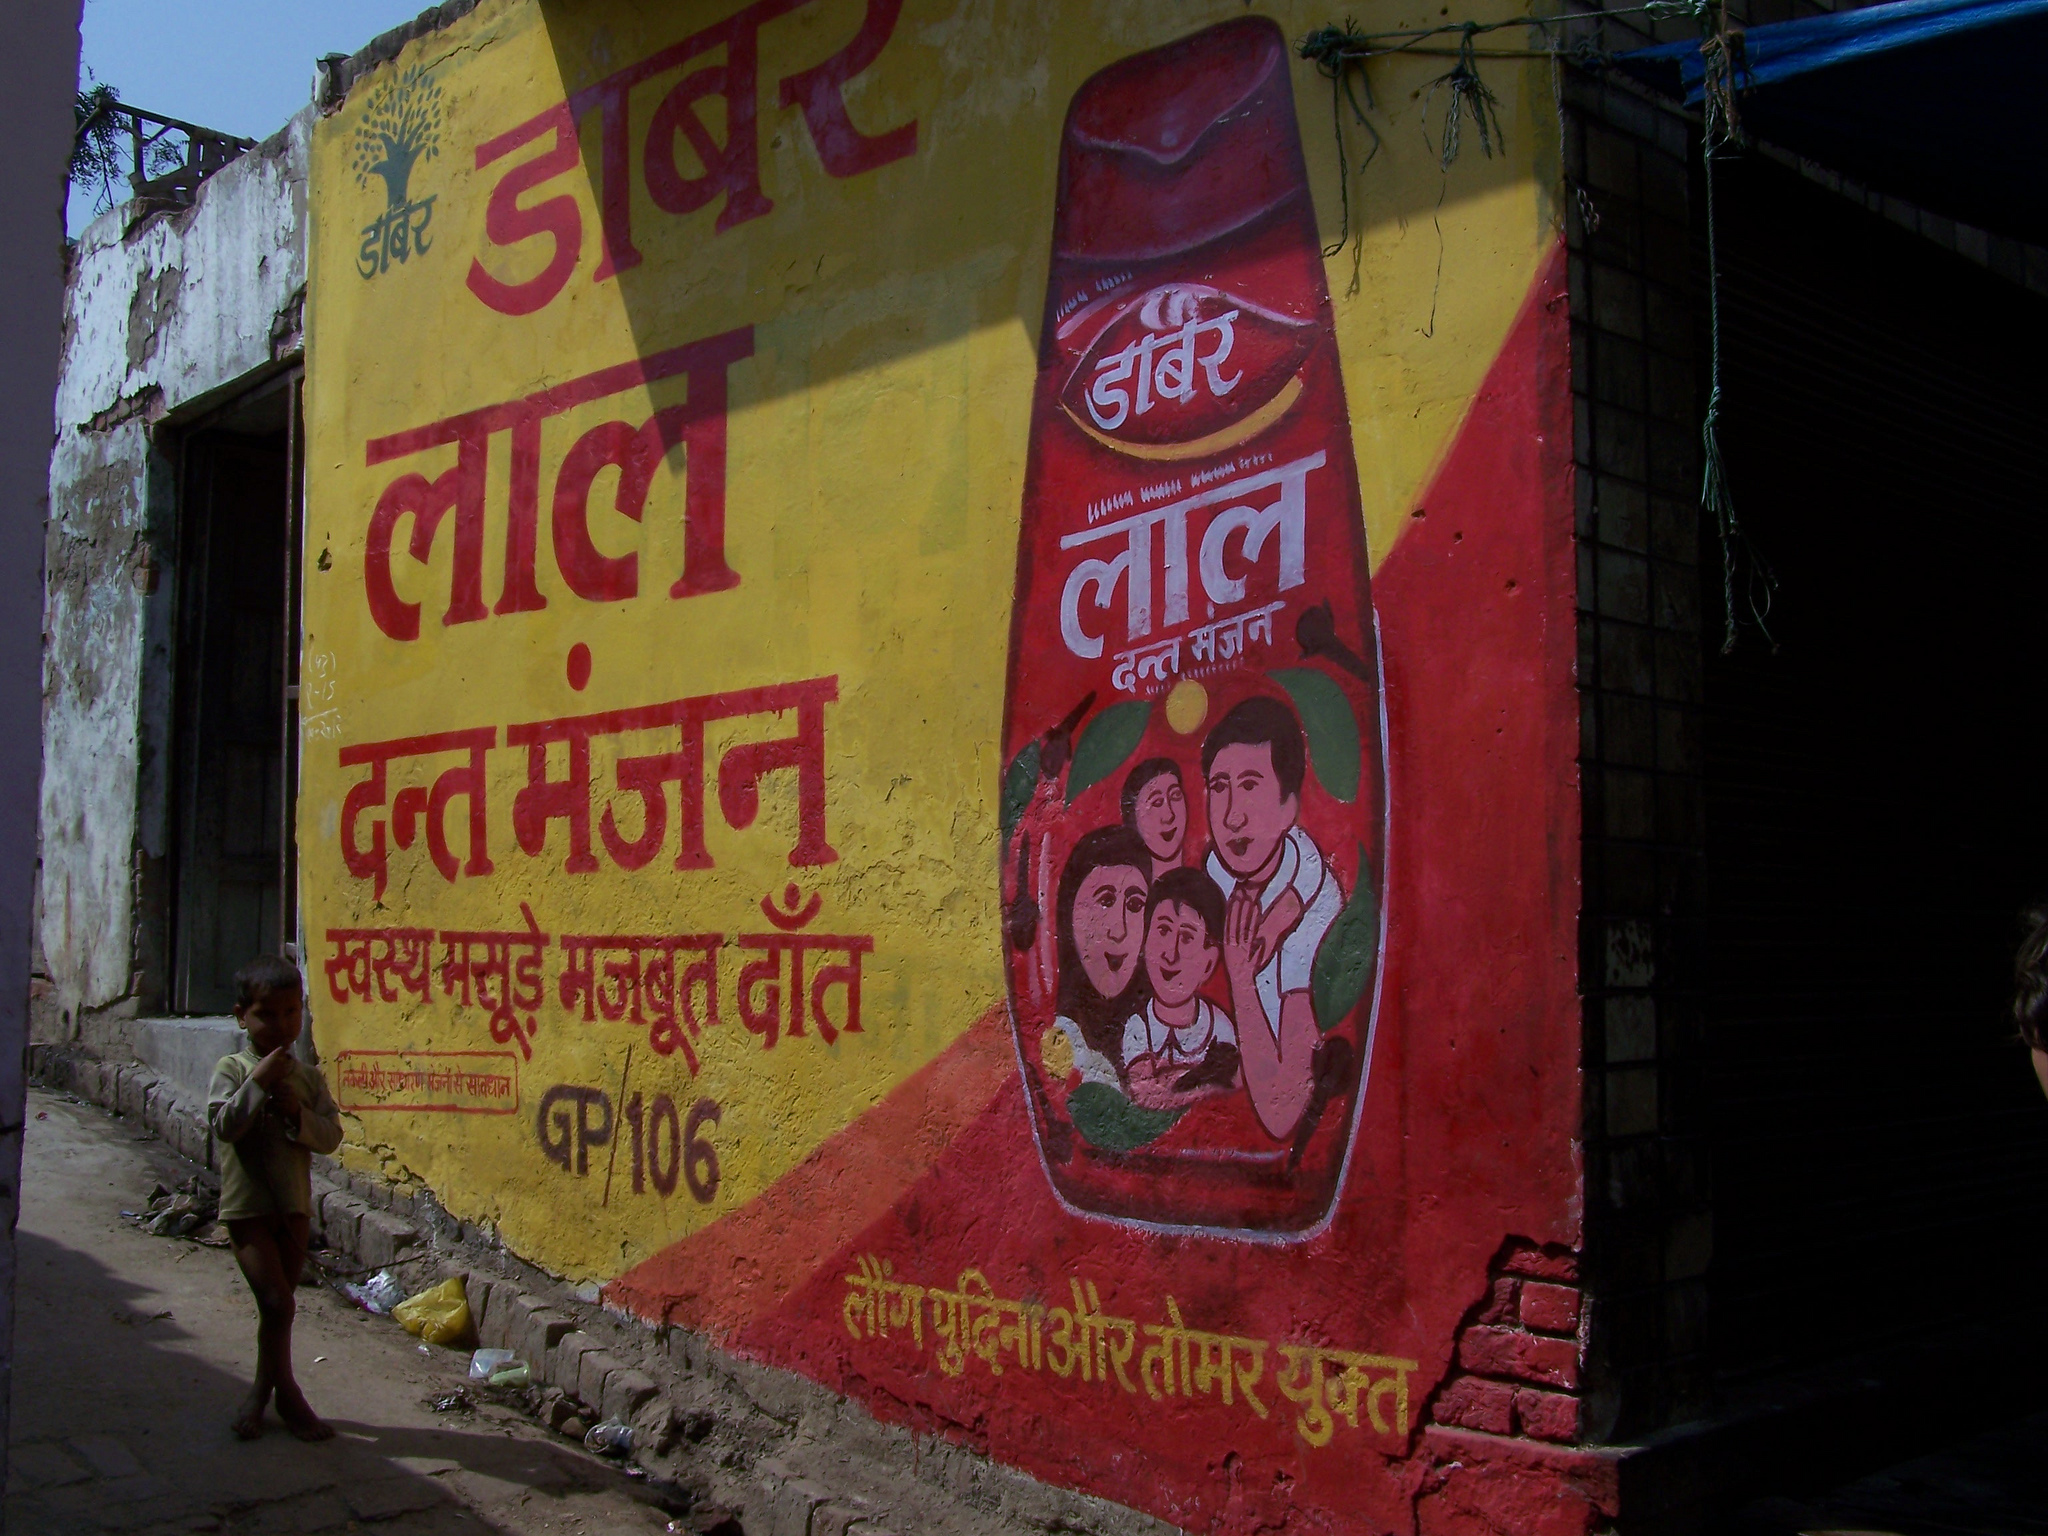
Language: hindi
Transcription: लौंग दॉंत स्वस्थ डाबर डाबर युक्त तोमर और मजबूत मंजन मंजन दन्त दन्त लाल लाल पुदिना डाबर